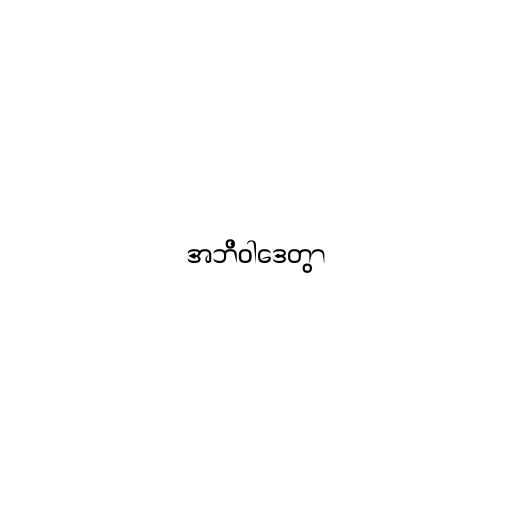
အဘိဝါဒေတွာ